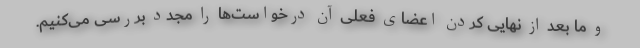
و ما بعد از نهایی کردن اعضای فعلی آن درخواست‌ها را مجدد بررسی می‌کنیم.